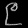
Digit: ၉